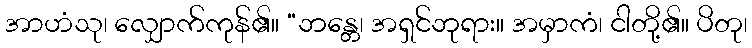
အာဟံသု၊ လျှောက်ကုန်၏။ “ဘန္တေ၊ အရှင်ဘုရား။ အမှာကံ၊ ငါတို့၏။ ပိတု၊